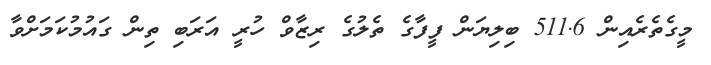
މީގެތެރެއިން 511.6 ބިލިޔަން ފީފާގެ ތެލުގެ ރިޒާވް ހުރީ އަރަބި ތިން ގައުމުކަމަށްވާ